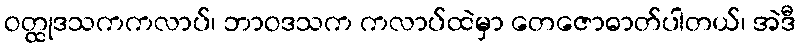
ဝတ္ထုဒသကကလာပ်၊ ဘာဝဒသက ကလာပ်ထဲမှာ တေဇောဓာတ်ပါတယ်၊ အဲဒီ